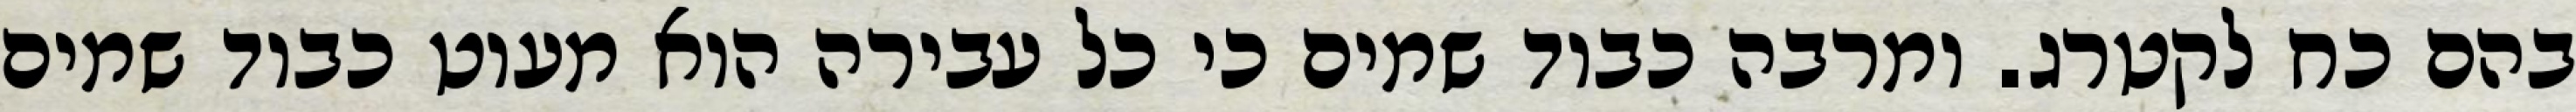
בהם כח לקטרג. ומרבה כבוד שמים כי כל עבירה הוא מעוט כבוד שמים